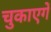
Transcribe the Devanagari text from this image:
चुकाएगें